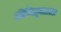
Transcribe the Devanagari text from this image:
श्रीविठ्ठलाला